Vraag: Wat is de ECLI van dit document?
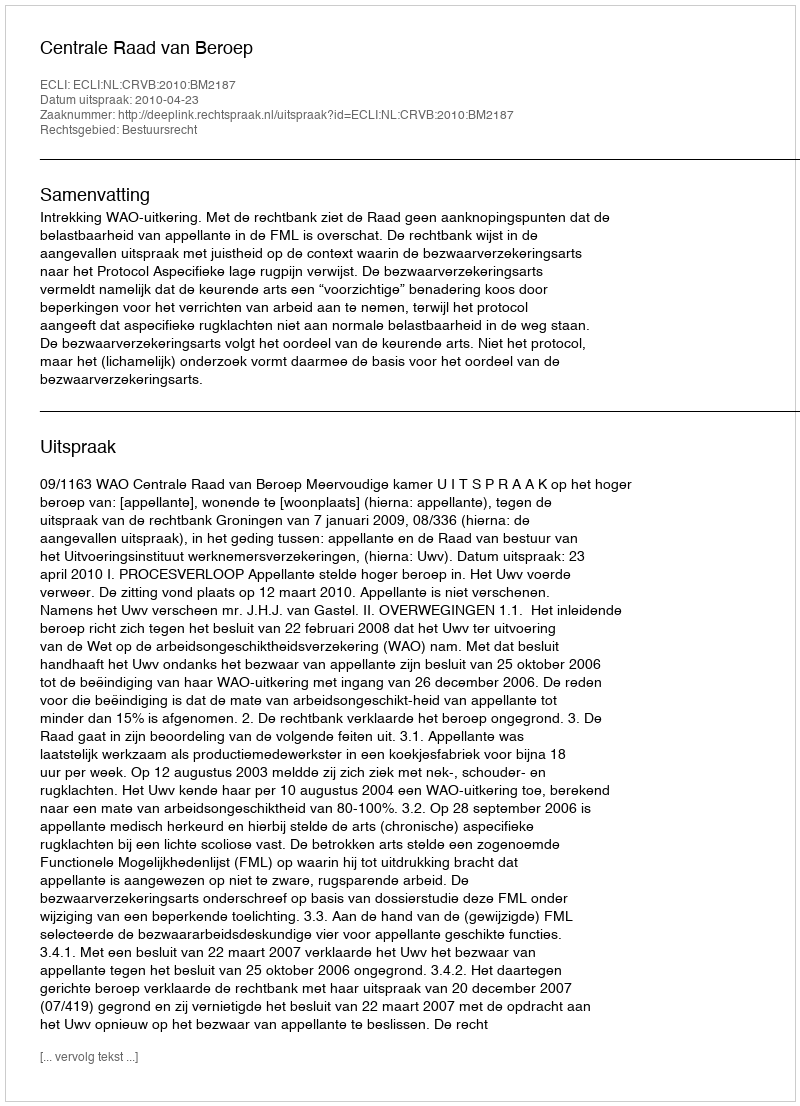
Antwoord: ECLI:NL:CRVB:2010:BM2187